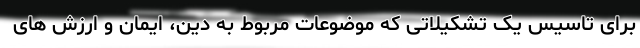
برای تاسیس یک تشکیلاتی که موضوعات مربوط به دین، ایمان و ارزش های